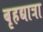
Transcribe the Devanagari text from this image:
बृहद्यात्रा